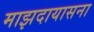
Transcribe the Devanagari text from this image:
माझदायासना